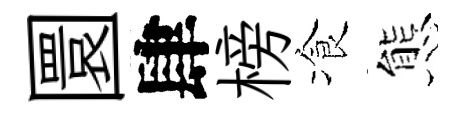
圜肆榜飡態